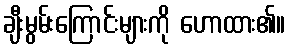
ချီးမွမ်းကြောင်းများကို ဟောထား၏။